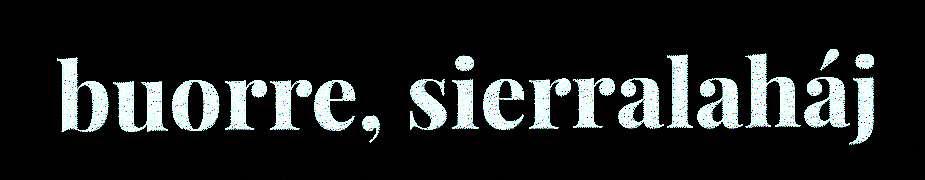
buorre, sierralaháj